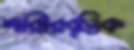
শারীরবৃত্তিক